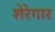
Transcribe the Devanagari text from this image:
शेरेगार